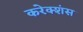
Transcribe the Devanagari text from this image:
करेक्शंस